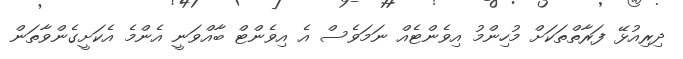
ދިރިއުޅޭ ފަރާތްތަކަށް މުހިންމު އިވެންޓެއް ނަމަވެސް އެ އިވެންޓް ބާއްވަނީ އެންމެ އެކަށީގެންވާތަން